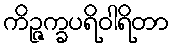
ကိဉ္ဇက္ခပရိဝါရိတာ